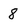
Character: 8